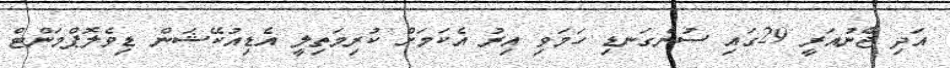
އަދި ޖެނުއަރީ 29ގައި ސުންގަނޑި ހަމަވި އިރު އެކަމަށް ކުރިމަތިލީ އެޑިއުކޭޝަން ޑިވެލޮޕްމަންޓް